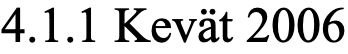
4.1.1 Kevät 2006